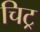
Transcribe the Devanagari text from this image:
चिट्र